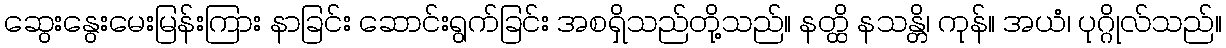
ဆွေးနွေးမေးမြန်းကြား နာခြင်း ဆောင်းရွက်ခြင်း အစရှိသည်တို့သည်။ နတ္ထိ နသန္တိ၊ ကုန်။ အယံ၊ ပုဂ္ဂိုလ်သည်။